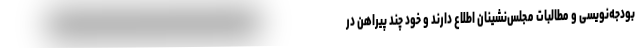
بودجه‌نویسی و مطالبات مجلس‌نشینان اطلاع دارند و خود چند پیراهن در